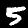
Digit: 5